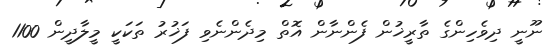
ނޫނީ ދިވެހިންގެ ތާރީޚުން ފެންނާން އޮތް މިދެންނެވި ފަޚުރު ތަކަކީ މީލާދީން 1100